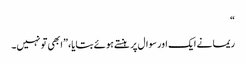
“
ریما نے ایک اور سوال پر ہنستے ہوئے بتایا، ”ابھی تو نہیں۔